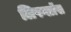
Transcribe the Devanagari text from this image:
लिपग्लॉस